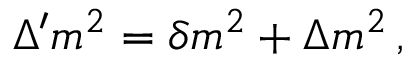
\Delta ^ { \prime } m ^ { 2 } = \delta m ^ { 2 } + \Delta m ^ { 2 } \, ,